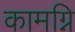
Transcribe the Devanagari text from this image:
कामग्नि